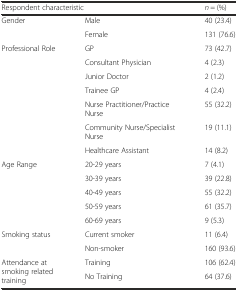
| <COLSPAN=2> Respondent characteristic | n = (%) |
 | --- | --- | --- |
 | <ROWSPAN=2> Gender | Male | 40 (23.4) |
 | Female | 131 (76.6) |
 | <ROWSPAN=7> Professional Role | GP | 73 (42.7) |
 | Consultant Physician | 4 (2.3) |
 | Junior Doctor | 2 (1.2) |
 | Trainee GP | 4 (2.4) |
 | Nurse Practitioner/Practice Nurse | 55 (32.2) |
 | Community Nurse/Specialist Nurse | 19 (11.1) |
 | Healthcare Assistant | 14 (8.2) |
 | Age Range | 20-29 years | 7 (4.1) |
 |  | 30-39 years | 39 (22.8) |
 |  | 40-49 years | 55 (32.2) |
 |  | 50-59 years | 61 (35.7) |
 |  | 60-69 years | 9 (5.3) |
 | <ROWSPAN=2> Smoking status | Current smoker | 11 (6.4) |
 | Non-smoker | 160 (93.6) |
 | <ROWSPAN=2> Attendance at smoking related training | Training | 106 (62.4) |
 | No Training | 64 (37.6) |